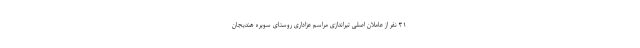
۳۱ نفر از عاملان اصلی تیراندازی مراسم عزاداری روستای سویره هندیجان